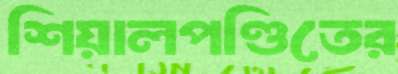
শিয়ালপণ্ডিতের